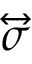
\overleftrightarrow { \boldsymbol { \sigma } }